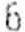
6